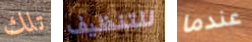
تلك للتنظيف عندما